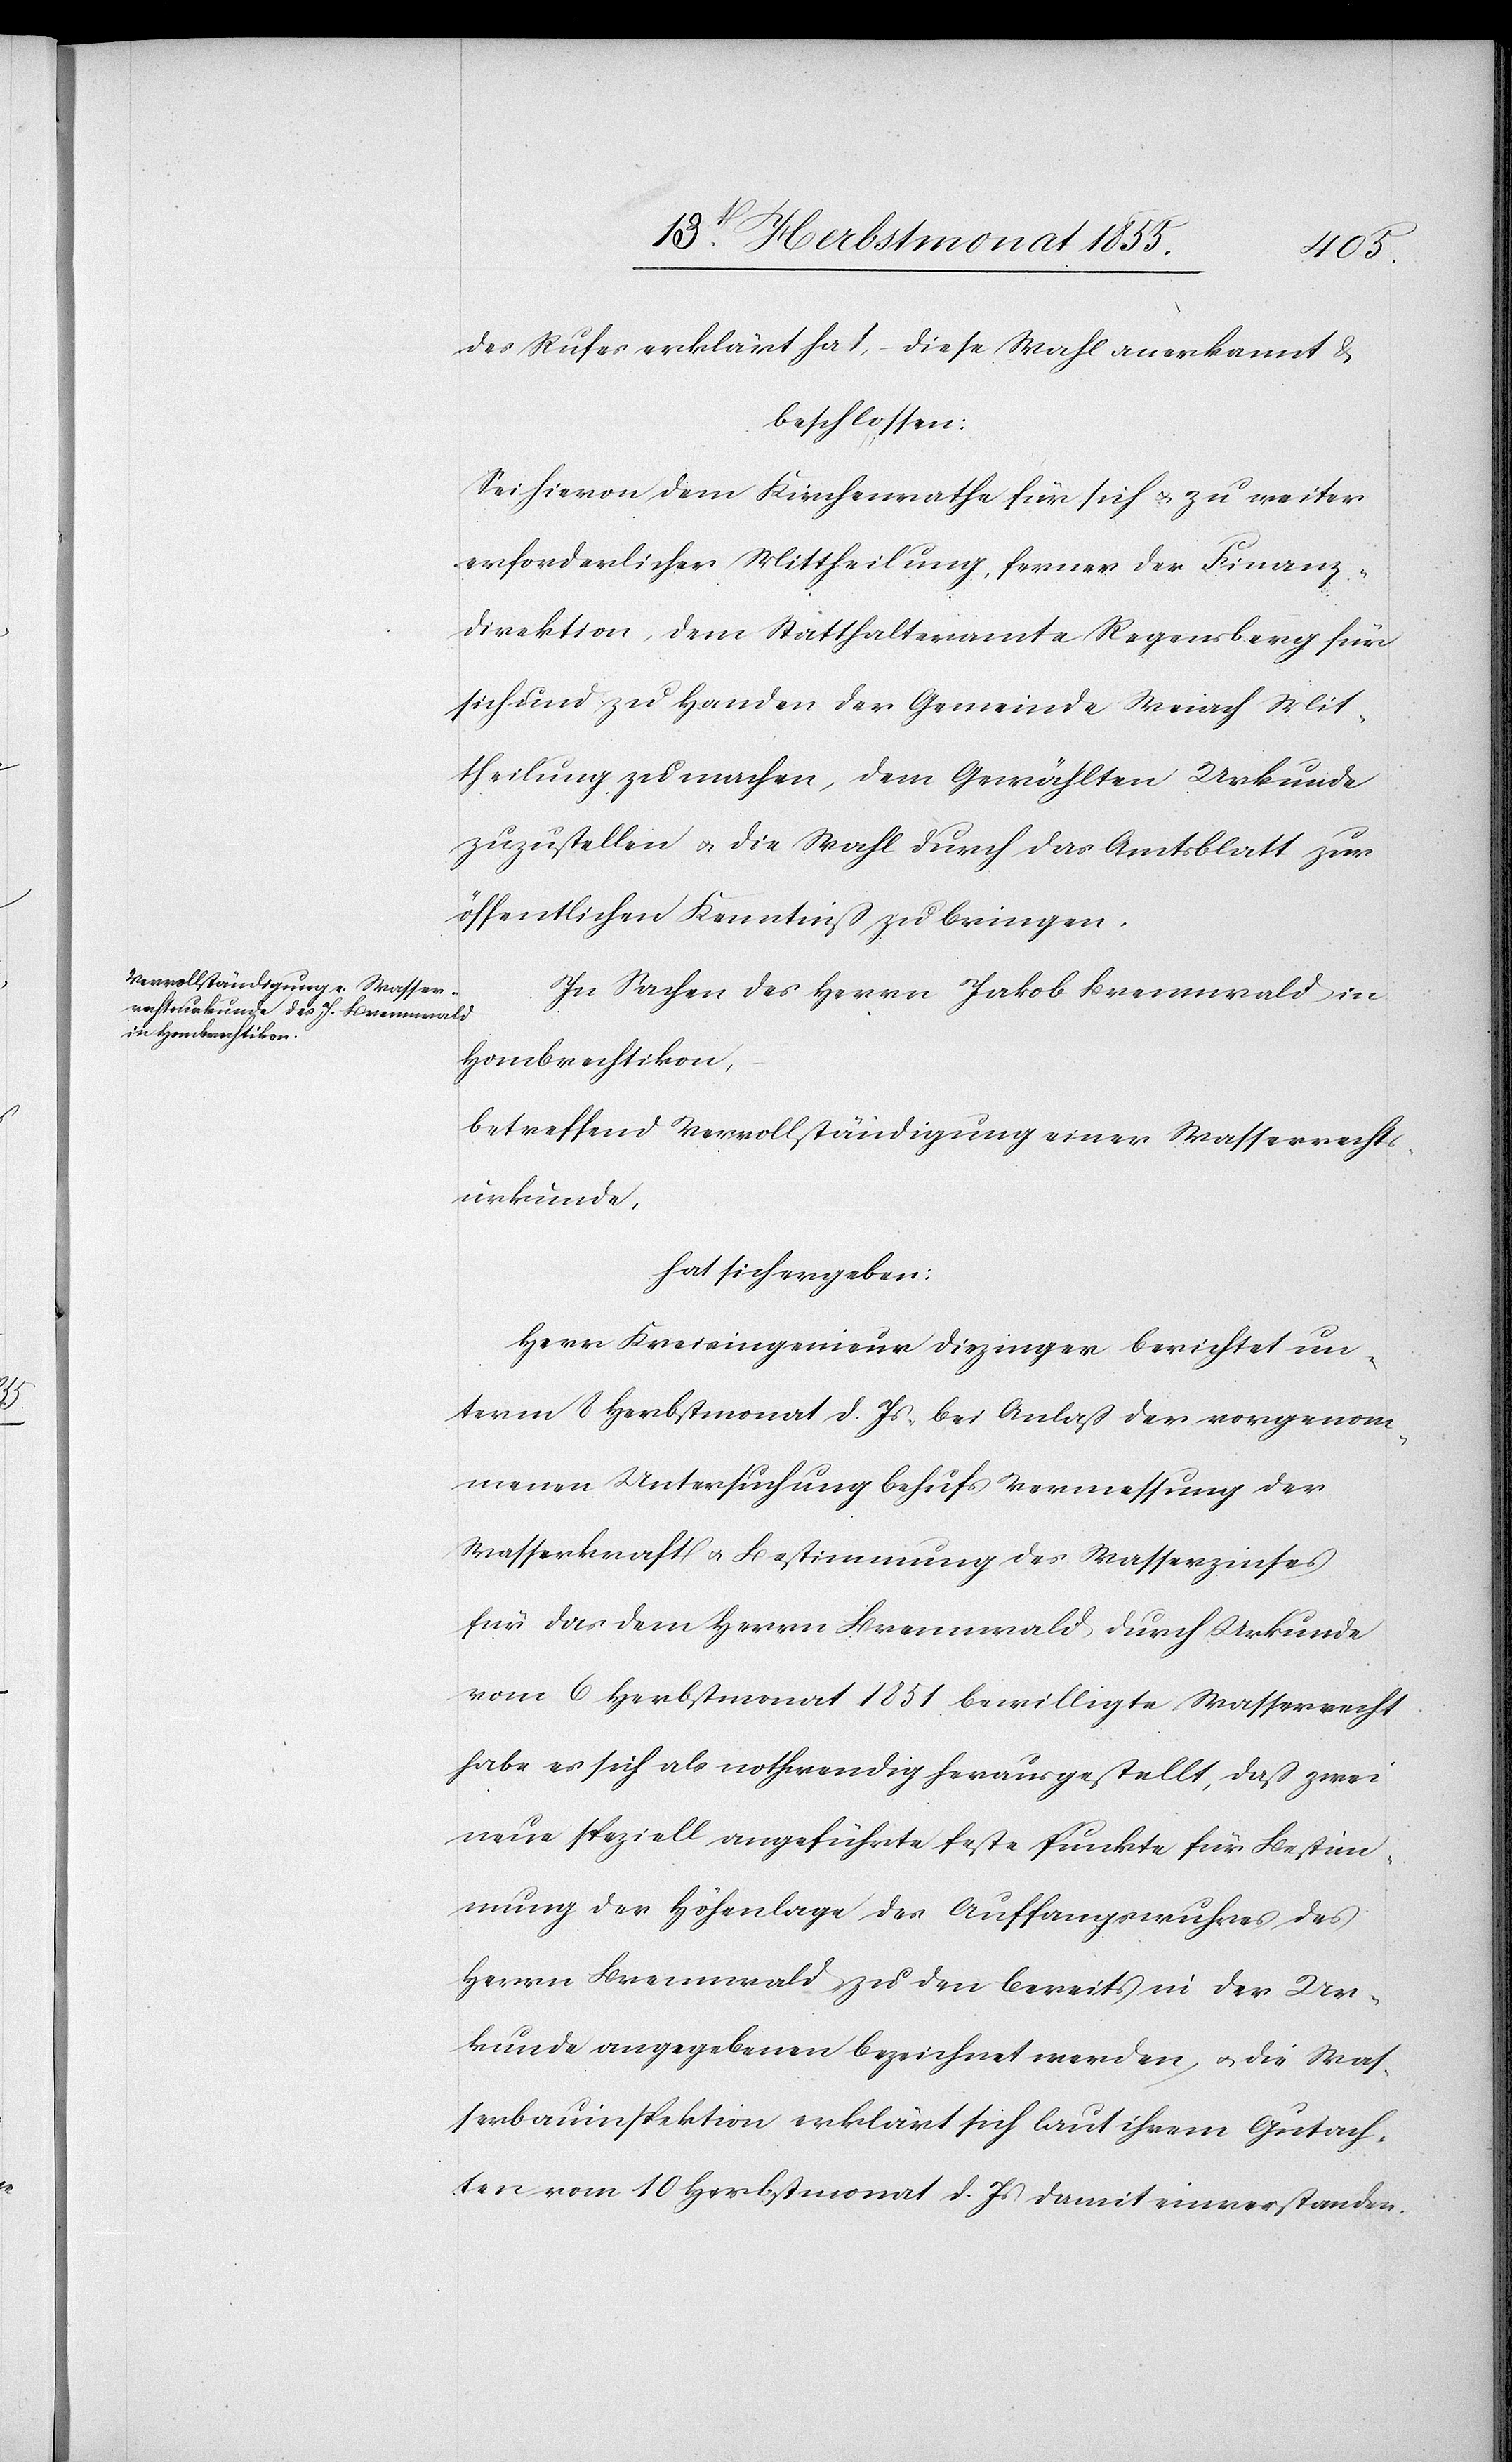
des Rufes erklärt hat, – diese Wahl anerkannt &
beschlossen:
Sei hievon dem Kirchenrathe für sich & zu weiter
erforderlicher Mittheilung, ferner der Finanz¬
direktion, dem Statthalteramte Regensberg für
sich und zu Handen der Gemeinde Weiach Mit¬
theilung zu machen, dem Gewählten Urkunde
zuzustellen & die Wahl durch das Amtsblatt zur
öffentlichen Kenntniß zu bringen.
In Sachen des Herrn Jakob Brennwald in
Hombrechtikon,
betreffend Vervollständigung einer Wasserrecht¬
surkunde,
hat sich ergeben:
Herr Kreisingenieur Diezinger berichtet un¬
term 8 Herbstmonat d. Js, bei Anlaß der vorgenom¬
menen Untersuchung behufs Vermessung der
Wasserkraft & Bestimmung des Wasserzinses
für das dem Herrn Brennwald durch Urkunde
vom 6 Herbstmonat 1851 bewilligte Wasserrecht
habe es sich als nothwendig herausgestellt, daß zwei
neue speziell angeführte feste Punkte für Bestim¬
mung der Höhenlage des Auffangswuhres des
Herrn Brennwald zu den bereits in der Ur¬
kunde angegebenen bezeichnet werden, & die Was¬
serbauinspektion erklärt sich laut ihrem Gutach¬
ten vom 10 Herbstmonat d. Js damit einverstanden.